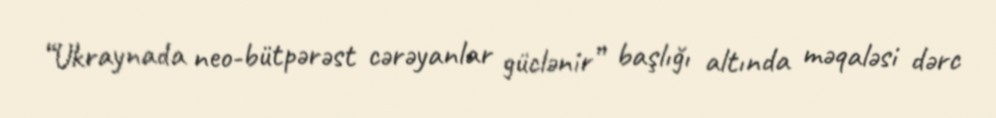
“Ukraynada neo-bütpərəst cərəyanlar güclənir” başlığı altında məqaləsi dərc